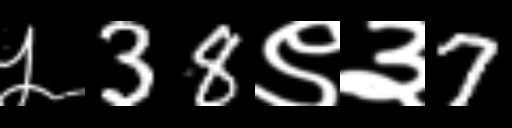
Text: ५38९३7